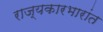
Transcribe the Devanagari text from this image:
राज्यकारभारांत